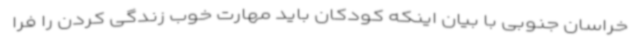
خراسان جنوبی با بیان اینکه کودکان باید مهارت خوب زندگی کردن را فرا